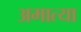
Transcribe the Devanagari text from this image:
अमात्या